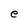
Character: e